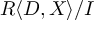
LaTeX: R \langle D , X \rangle / I